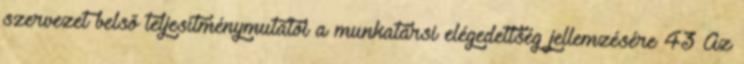
szervezet belső teljesítménymutatói a munkatársi elégedettség jellemzésére 43 Az